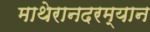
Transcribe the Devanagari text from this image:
माथेरानदरम्यान